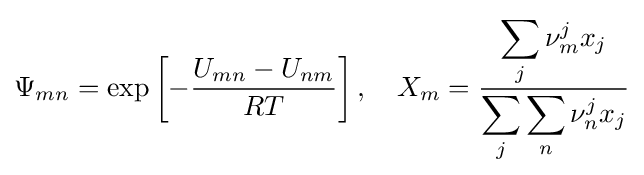
\Psi _{mn}=\exp \left[-{\frac {U_{mn}-U_{nm}}{RT}}\right],\quad X_{m}={\frac {\displaystyle \sum _{j}\nu _{m}^{j}x_{j}}{\displaystyle \sum _{j}\displaystyle \sum _{n}\nu _{n}^{j}x_{j}}}